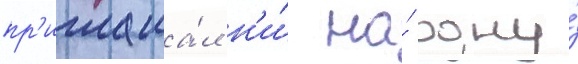
пр'иглаша́л н'и́ на́ одну́